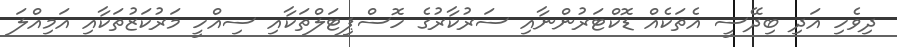
ދިވެހި އަދި ބިދޭސީ އެތަކެއް ޑޮކްޓަރުންނާއި ސަރުކާރުގެ ހޮސްޕިޓަލްތަކާއި ސިއްހީ މަރުކަޒުތަކާއި އަމިއްލަ